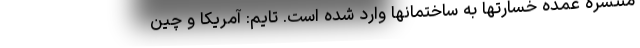
منتشره عمده خسارتها به ساختمانها وارد شده است. تایم: آمریکا و چین